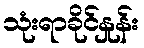
သုံးရာခိုင်နှုန်း